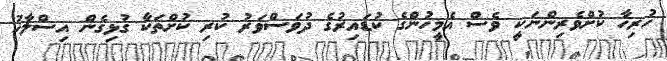
ހުރިހާ ކުށްވެރިންނަކީ ވެސް އެމީހުންގެ ކުޑައިރުގެ ދުވަސްވަރު ކުރި ކުށްތަކާ ގުޅިގެން އިސްލާހު